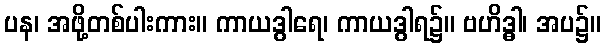
ပန၊ အဖို့တစ်ပါးကား။ ကာယဒွါရေ၊ ကာယဒွါရ၌။ ဗဟိဒ္ဓါ၊ အပ၌။